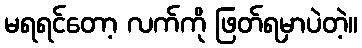
မရရင်တော့ လက်ကို ဖြတ်ရမှာပဲတဲ့။